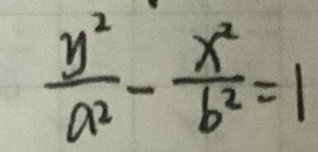
\(\frac{y^2}{a^2} - \frac{x^2}{b^2} = 1\)